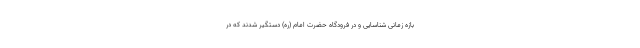
بازه زمانی شناسایی و در فرودگاه حضرت امام (ره) دستگیر شدند که در